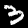
Digit: 3